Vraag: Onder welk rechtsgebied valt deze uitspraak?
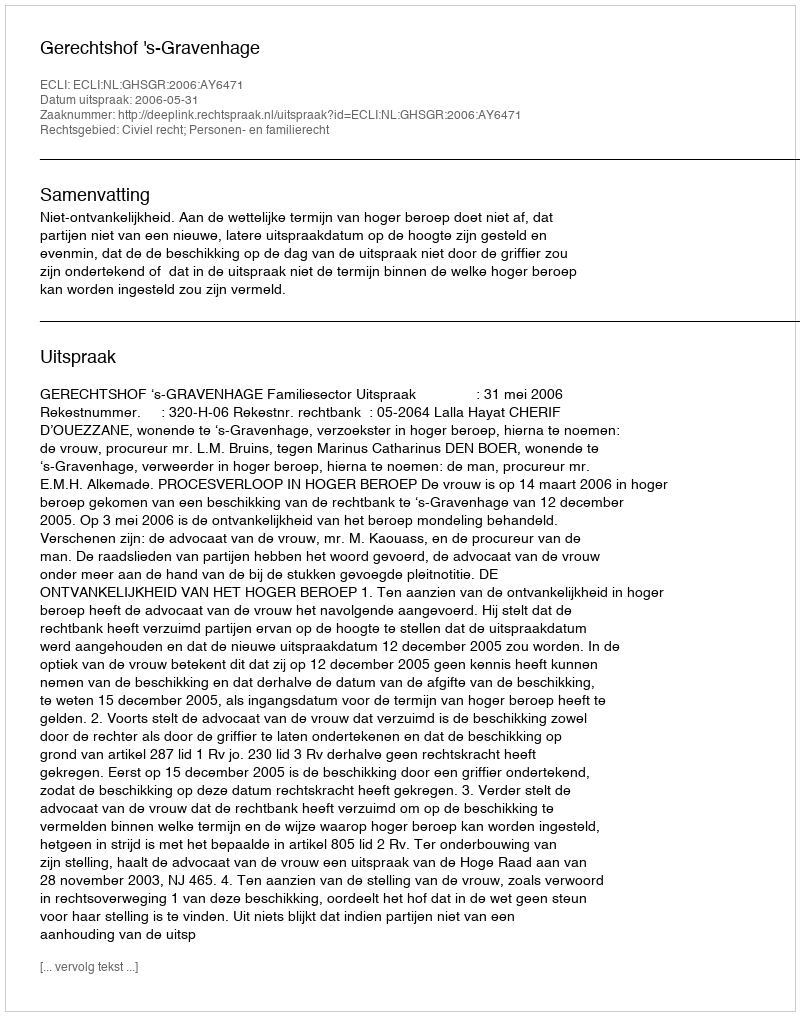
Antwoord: Civiel recht; Personen- en familierecht